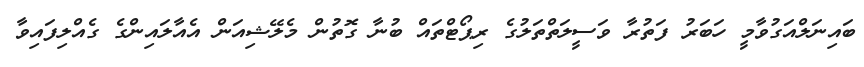
ބައިނަލްއަގުވާމީ ހަބަރު ފަތުރާ ވަސީލަތްތަލުގެ ރިޕޯޓްތައް ބުނާ ގޮތުން މެލޭޝިއަން އެއާލައިންގެ ގެއްލިފައިވާ